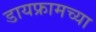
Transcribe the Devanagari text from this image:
डायफ्रामच्या